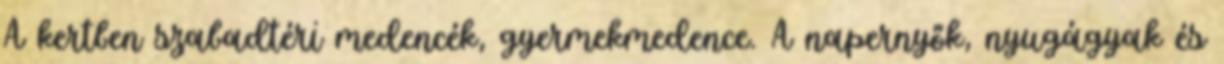
A kertben szabadtéri medencék, gyermekmedence. A napernyők, nyugágyak és